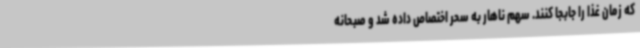
که زمان غذا را جابجا کنند. سهم ناهار به سحر اختصاص داده شد و صبحانه‌